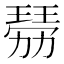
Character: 𤨍